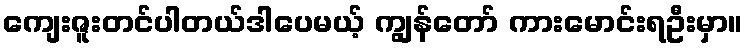
ကျေးဇူးတင်ပါတယ်ဒါပေမယ့် ကျွန်တော် ကားမောင်းရဦးမှာ။